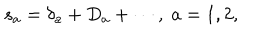
s _ { a } = \delta _ { a } + D _ { a } + \cdots , \; a = 1 , 2 ,